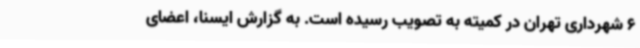
6 شهرداری تهران در کمیته به تصویب رسیده است. به گزارش ایسنا، اعضای